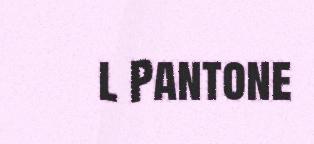
l Pantone